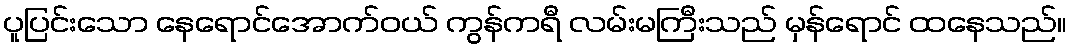
ပူပြင်းသော နေရောင်အောက်ဝယ် ကွန်ကရီ လမ်းမကြီးသည် မှန်ရောင် ထနေသည်။